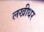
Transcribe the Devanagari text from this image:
लखीधर